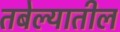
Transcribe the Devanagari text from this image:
तबेल्यातील